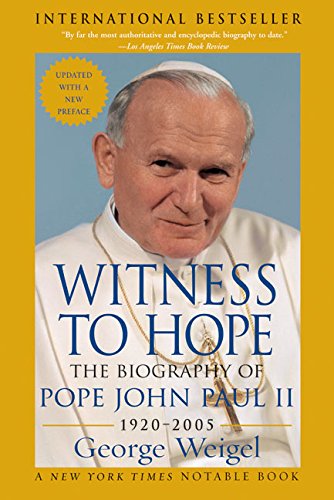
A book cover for Witness to Hope: The Biography of Pope John Paul II; George Weigel; Christian Books & Bibles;